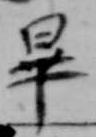
畢